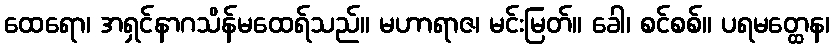
ထေရော၊ အရှင်နာဂသိန်မထေရ်သည်။ မဟာရာဇ၊ မင်းမြတ်။ ခေါ၊ စင်စစ်။ ပရမတ္ထေန၊